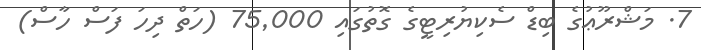
7. މަޝްރޫޢުގެ ބިޑް ސެކިޔުރިޓީގެ ގޮތުގައި 75